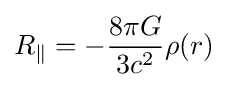
R_{\|}=-{8\pi G \over {3c^{2}}}\rho (r)